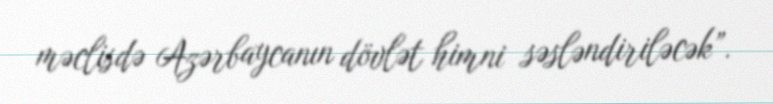
məclisdə Azərbaycanın dövlət himni səsləndiriləcək”.